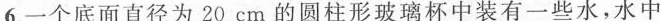
⒍.一个底面直径为20cm的圆柱形玻璃杯中装有一些水，水中